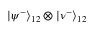
\left| \psi ^ { - } \right\rangle _ { 1 2 } \otimes \left| \nu ^ { - } \right\rangle _ { 1 2 }